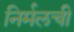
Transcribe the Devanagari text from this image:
निर्मलची